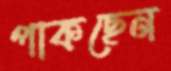
পাকছেন